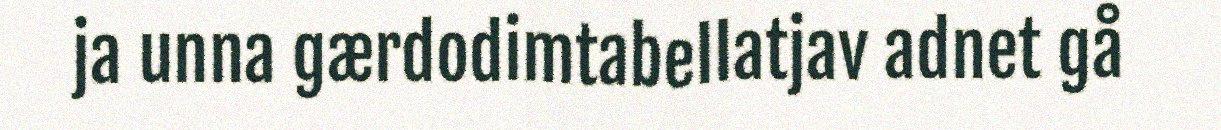
ja unna gærdodimtabellatjav adnet gå